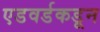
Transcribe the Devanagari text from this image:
एडवर्डकडून